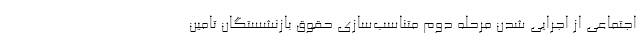
اجتماعی از اجرایی شدن مرحله دوم متناسب‌سازی حقوق بازنشستگان تامین